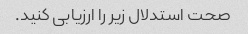
صحت استدلال زیر را ارزیابی کنید.